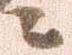
ニ